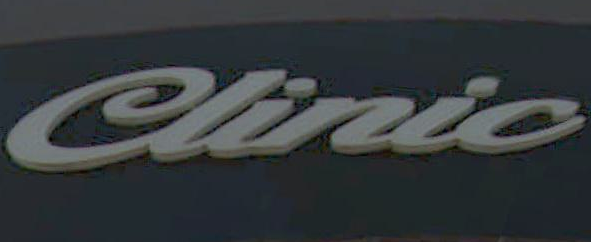
Clinic